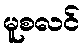
မူစလင်